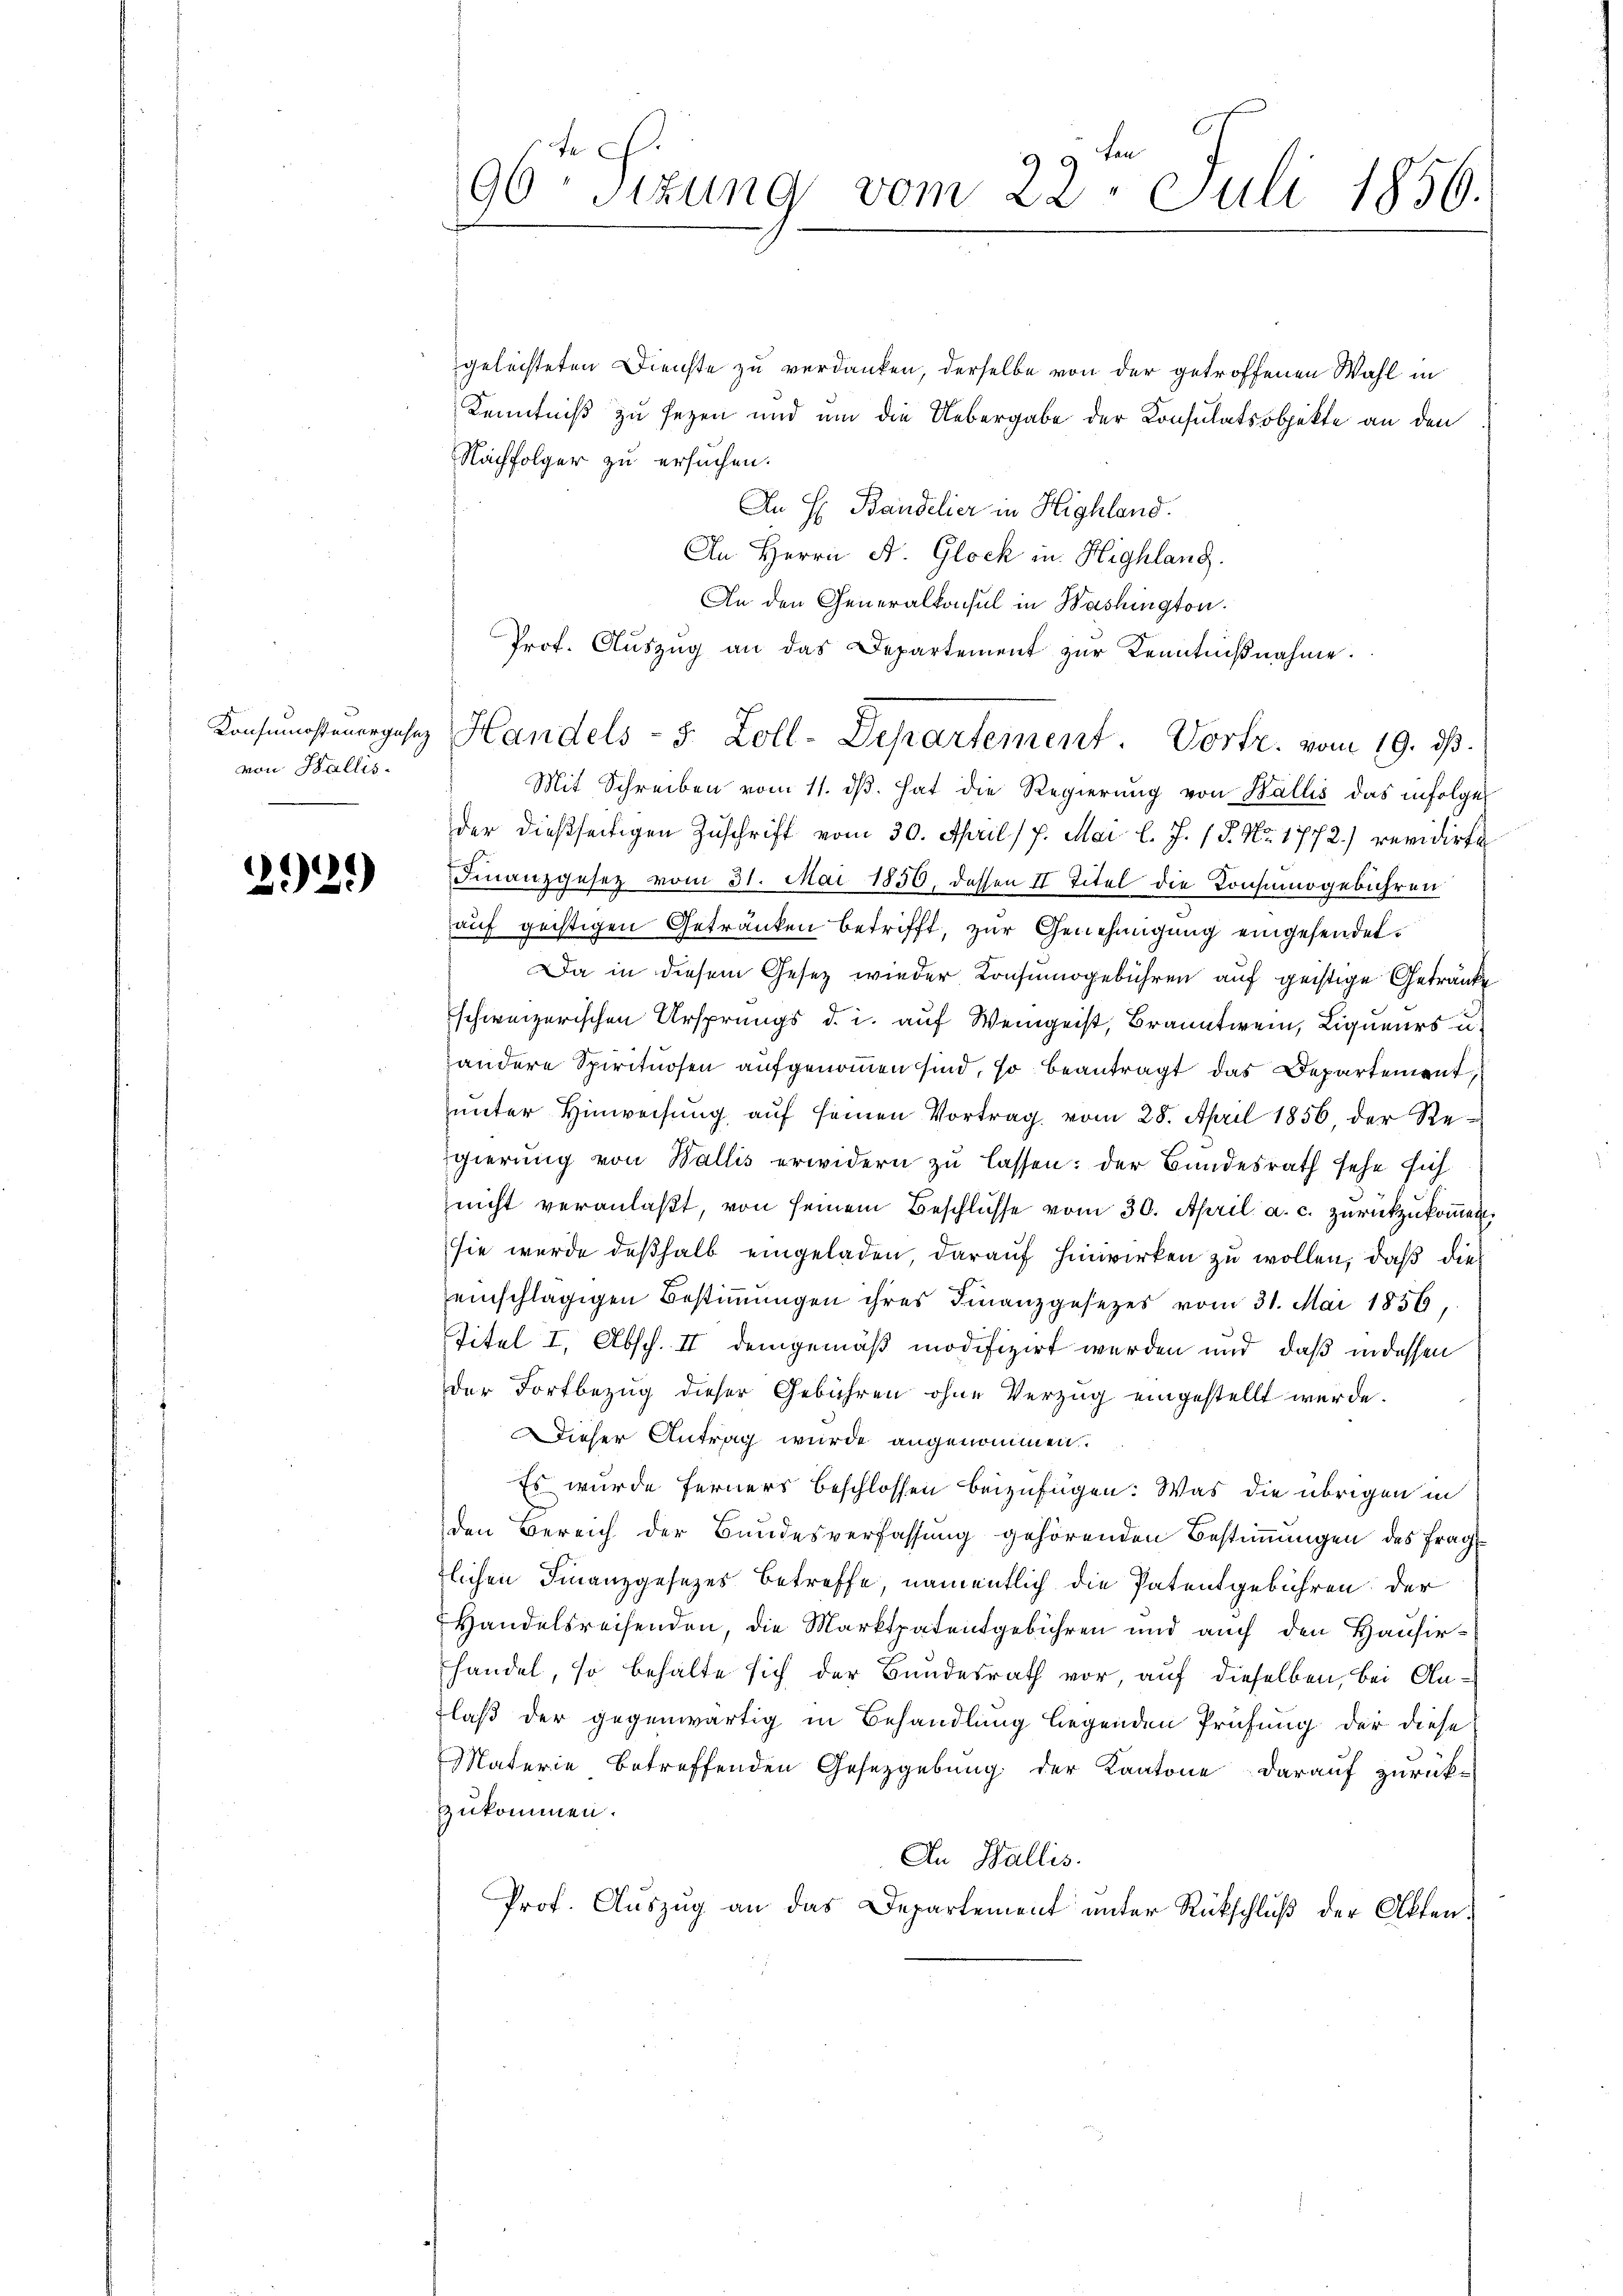
Konsumostenergesez
von Wallis.

2929)

9 te
90: Sizung vom 22. Juli 1856.

geleisteten Dienste zu verdanken, derselbe von der getroffenen Wahl in
Kenntniß zu sezen und um die Uebergabe der Konsulatsobjekte an den
Nachfolger zu ersuchen.
An H. Bandelier in Highland.
An Herrn A. Glock in Highlang.
An den Generalkonsul in Washington.
Prof. Auszug an das Departement zur Kenntnißnahme.
Mit Schreiben vom 11. dβ. hat die Regierung von Wallis das infolge
der dießseitigen Zuschrift vom 30. April 17. Mai l. J. P. Nr. 1772) revidirte
Finanzgesetz vom 31. Mai 1850, dessen II Titel die Konsumogebühren
auf gechtigen Getränken betrifft, zur Genehmigung eingesendet.
Da in diesem Gesetz wieder Konsumogebühren auf geistige Getränke
schweizerischen Ursprungs d. i. auf Weingeist, Branntwein, Liqueurs u
handere Spirituosen aufgenommen sind, so beantragt, das Departement,
ŭnter Hinweisŭng aŭf seinen Vortrag vom 28. April 1856 der Re-
gierung von Wallis erwidern zu lassen: der Bundesrath sehe sich
nicht veranlaßt, von seinem Beschlüsse vom 30. April a. c. zurückzukommen.
sie wurde deßhalb eingeladen, darauf hinwirken zu wollen, daß dies
einschlägigen Bestimmungen ihres Finanzgesetzes vom 31. Mai 1856,
Titel I, Absch. II demgemäß modifizirt werden und daß in dessen
der Fortbezug dieser Gebühren ohne Verzug eingestellt werde.
Dieser Antrag wurde angenommen.
Es wurde ferners beschlossen beizufügen. Was die übrigen in
den Bereich der Bundesverfassung gehörenden Bestimmungen des Frag
tlichen Finanzgesetzes betreffe, namentlich die Patentgebühren der
Handelsreisenden, die Marktpatentgebühren und auch den Hausirhandel, so behalte sich der Bundesrath vor, auf dieselben, bei Anlaß der gegenwärtig in Behandlung liegenden Prüfung der diese
d
Materie betreffenden Gesetzgebung der Kantone darauf zurückzukommen.
An Wallis.
Prof. Aŭszŭg an das Departement unter Rückschlŭβ der Akten.

Handels- 5. Zoll-Departement. Vortr. vom 19. ds.